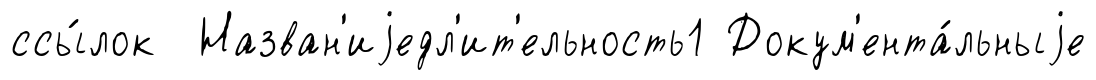
ссы́лок Назван'иjедл'ит'ельность1 Докум'ента́льныjе